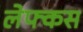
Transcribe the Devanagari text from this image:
लेफ्कस